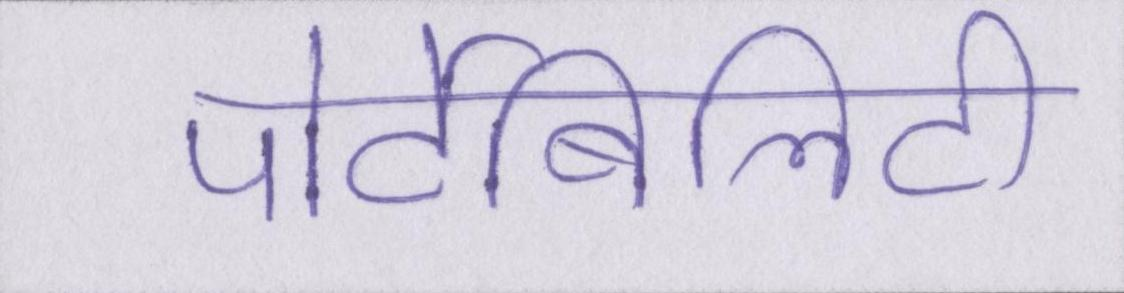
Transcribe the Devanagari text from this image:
पोर्टेबिलिटी